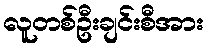
လူတစ်ဦးချင်းစီအား